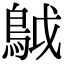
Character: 𩿠